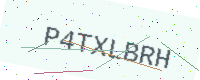
Text: P4TXLBRH